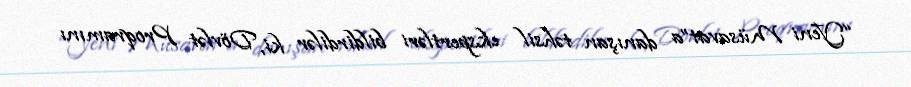
“Yeni Müsavat”a danışan təhsil ekspertləri bildirdilər ki, Dövlət Proqramını